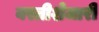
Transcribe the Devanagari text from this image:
वस्तीशेजारी